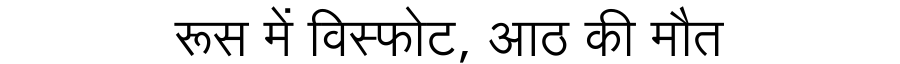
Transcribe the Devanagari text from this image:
रूस में विस्फोट, आठ की मौत